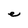
Character: e